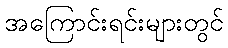
အကြောင်းရင်းများတွင်